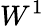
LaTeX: W^{1}